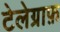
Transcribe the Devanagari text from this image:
टेलेग्राफ़